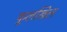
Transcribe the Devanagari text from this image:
फूलखिल